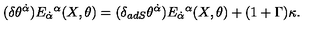
( \delta \theta ^ { \dot { \alpha } } ) E _ { \dot { \alpha } } { } ^ { \alpha } ( X , \theta ) = ( \delta _ { a d S } \theta ^ { \dot { \alpha } } ) E _ { \dot { \alpha } } { } ^ { \alpha } ( X , \theta ) + ( 1 + \Gamma ) \kappa .